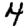
Digit: 4